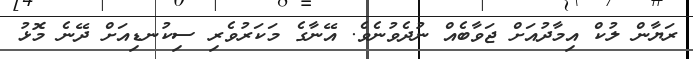
ރަޔާން ލުކް އިމާދުއަށް ޖަވާބެއް ނުދެވުނެވެ. އޭނާގެ މަކަރުވެރި ސިކުނޑިއަށް ދޭނެ މޮޅު